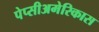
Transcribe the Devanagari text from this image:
पेप्सीअमेरिकास